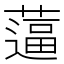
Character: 𰱿